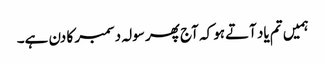
ہمیں تم یاد آتےہو کہ آج پھر سولہ دسمبر کا دن ہے۔